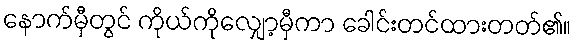
နောက်မှီတွင် ကိုယ်ကိုလျှော့မှီကာ ခေါင်းတင်ထားတတ်၏။